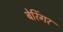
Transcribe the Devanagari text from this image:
बेरिंगर